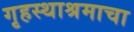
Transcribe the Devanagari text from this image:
गृहस्थाश्रमाचा